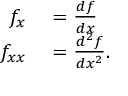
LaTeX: \begin{array} { r l } { f _ { x } } & { { } = { \frac { d f } { d x } } } \\ { f _ { x x } } & { { } = { \frac { d ^ { 2 } f } { d x ^ { 2 } } } . } \end{array}